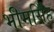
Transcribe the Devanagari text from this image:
भीमसिँह